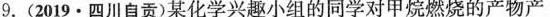
9. (2019·四川自贡)某化学兴趣小组的同学对甲烷燃烧的产物产